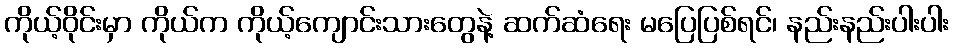
ကိုယ့်ဝိုင်းမှာ ကိုယ်က ကိုယ့်ကျောင်းသားတွေနဲ့ ဆက်ဆံရေး မပြေပြစ်ရင်၊ နည်းနည်းပါးပါး